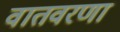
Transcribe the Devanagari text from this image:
वातवरणा